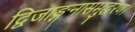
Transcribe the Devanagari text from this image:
द्विजाङ्गनासमुद्धरण।